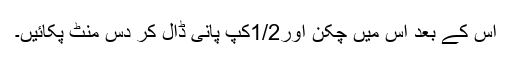
اس کے بعد اس میں چکن اور1/2کپ پانی ڈال کر دس منٹ پکائیں۔